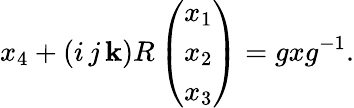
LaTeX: x_{4}+(i\, j\, \mathbf{k})R\left(\begin{array}{c}{{x_{1}}}\\ {{x_{2}}}\\ {{x_{3}}}\end{array}\right)=gxg^{-1}.